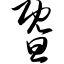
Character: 暨